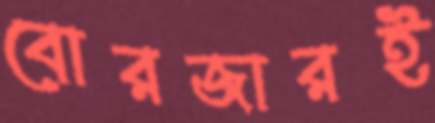
বোরজারই